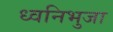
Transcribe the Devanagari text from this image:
ध्वनिभुजा